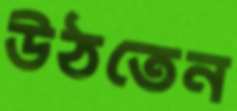
উঠতেন